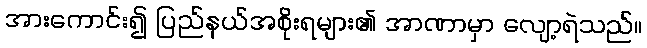
အားကောင်း၍ ပြည်နယ်အစိုးရများ၏ အာဏာမှာ လျော့ရဲသည်။